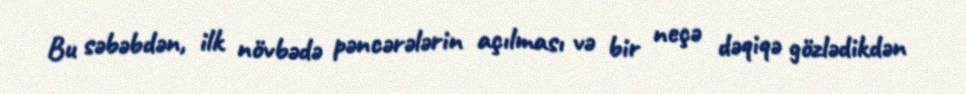
Bu səbəbdən, ilk növbədə pəncərələrin açılması və bir neçə dəqiqə gözlədikdən